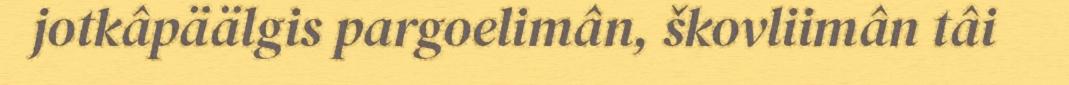
jotkâpäälgis pargoelimân, škovliimân tâi